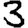
Digit: 3